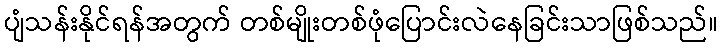
ပျံသန်းနိုင်ရန်အတွက် တစ်မျိုးတစ်ဖုံပြောင်းလဲနေခြင်းသာဖြစ်သည်။